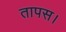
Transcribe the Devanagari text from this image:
तापस।